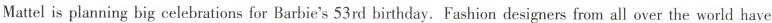
Mattel is planning big celebrations for Barbie's 53rd birthday. Fashion designers from all over the world have